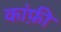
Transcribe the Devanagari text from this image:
कांफ़ी